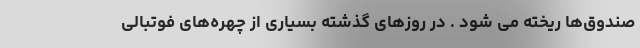
صندوق‌ها ریخته می شود . در روزهای گذشته بسیاری از چهره‌های فوتبالی